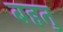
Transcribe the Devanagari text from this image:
बहतु